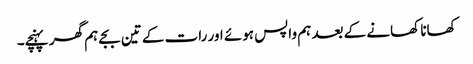
کھانا کھانے کے بعد ہم واپس ہوئے اور رات کے تین بجے ہم گھر پہنچے۔